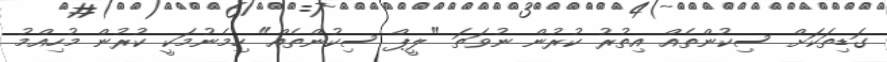
ގަޑިތަކަށް ސިކުންތެއް އިތުރު ކުރުން ނުވަތަ "ލީޕް ސިކުންތެއް" ހިމެނުމަކީ ކުރުން މުހިއްމު